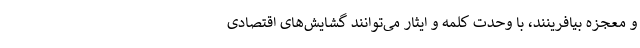
و معجزه بیافرینند، با وحدت کلمه و ایثار می‌توانند گشایش‌های اقتصادی